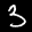
Label: 3